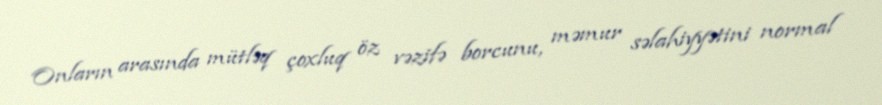
Onların arasında mütləq çoxluq öz vəzifə borcunu, məmur səlahiyyətini normal